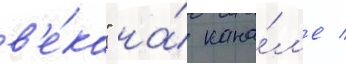
в'е́ка" на́ кана́л'е /